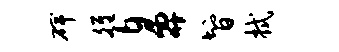
碑雒鼻智拭